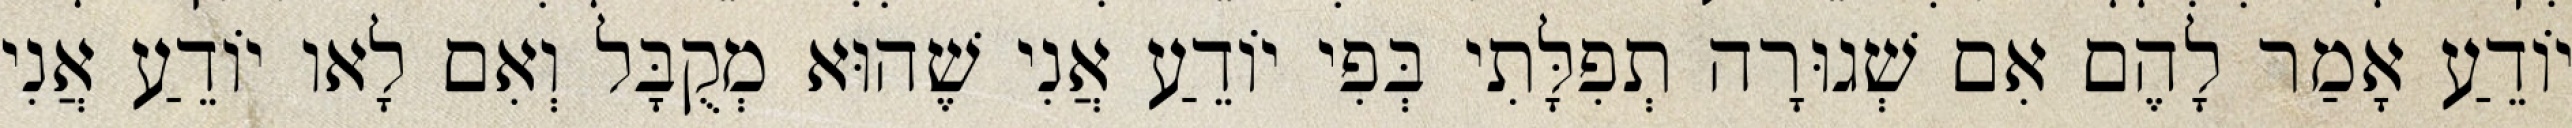
יוֹדֵעַ אָמַר לָהֶם אִם שְׁגוּרָה תְפִלָּתִי בְּפִי יוֹדֵעַ אֲנִי שֶׁהוּא מְקֻבָּל וְאִם לָאו יוֹדֵעַ אֲנִי